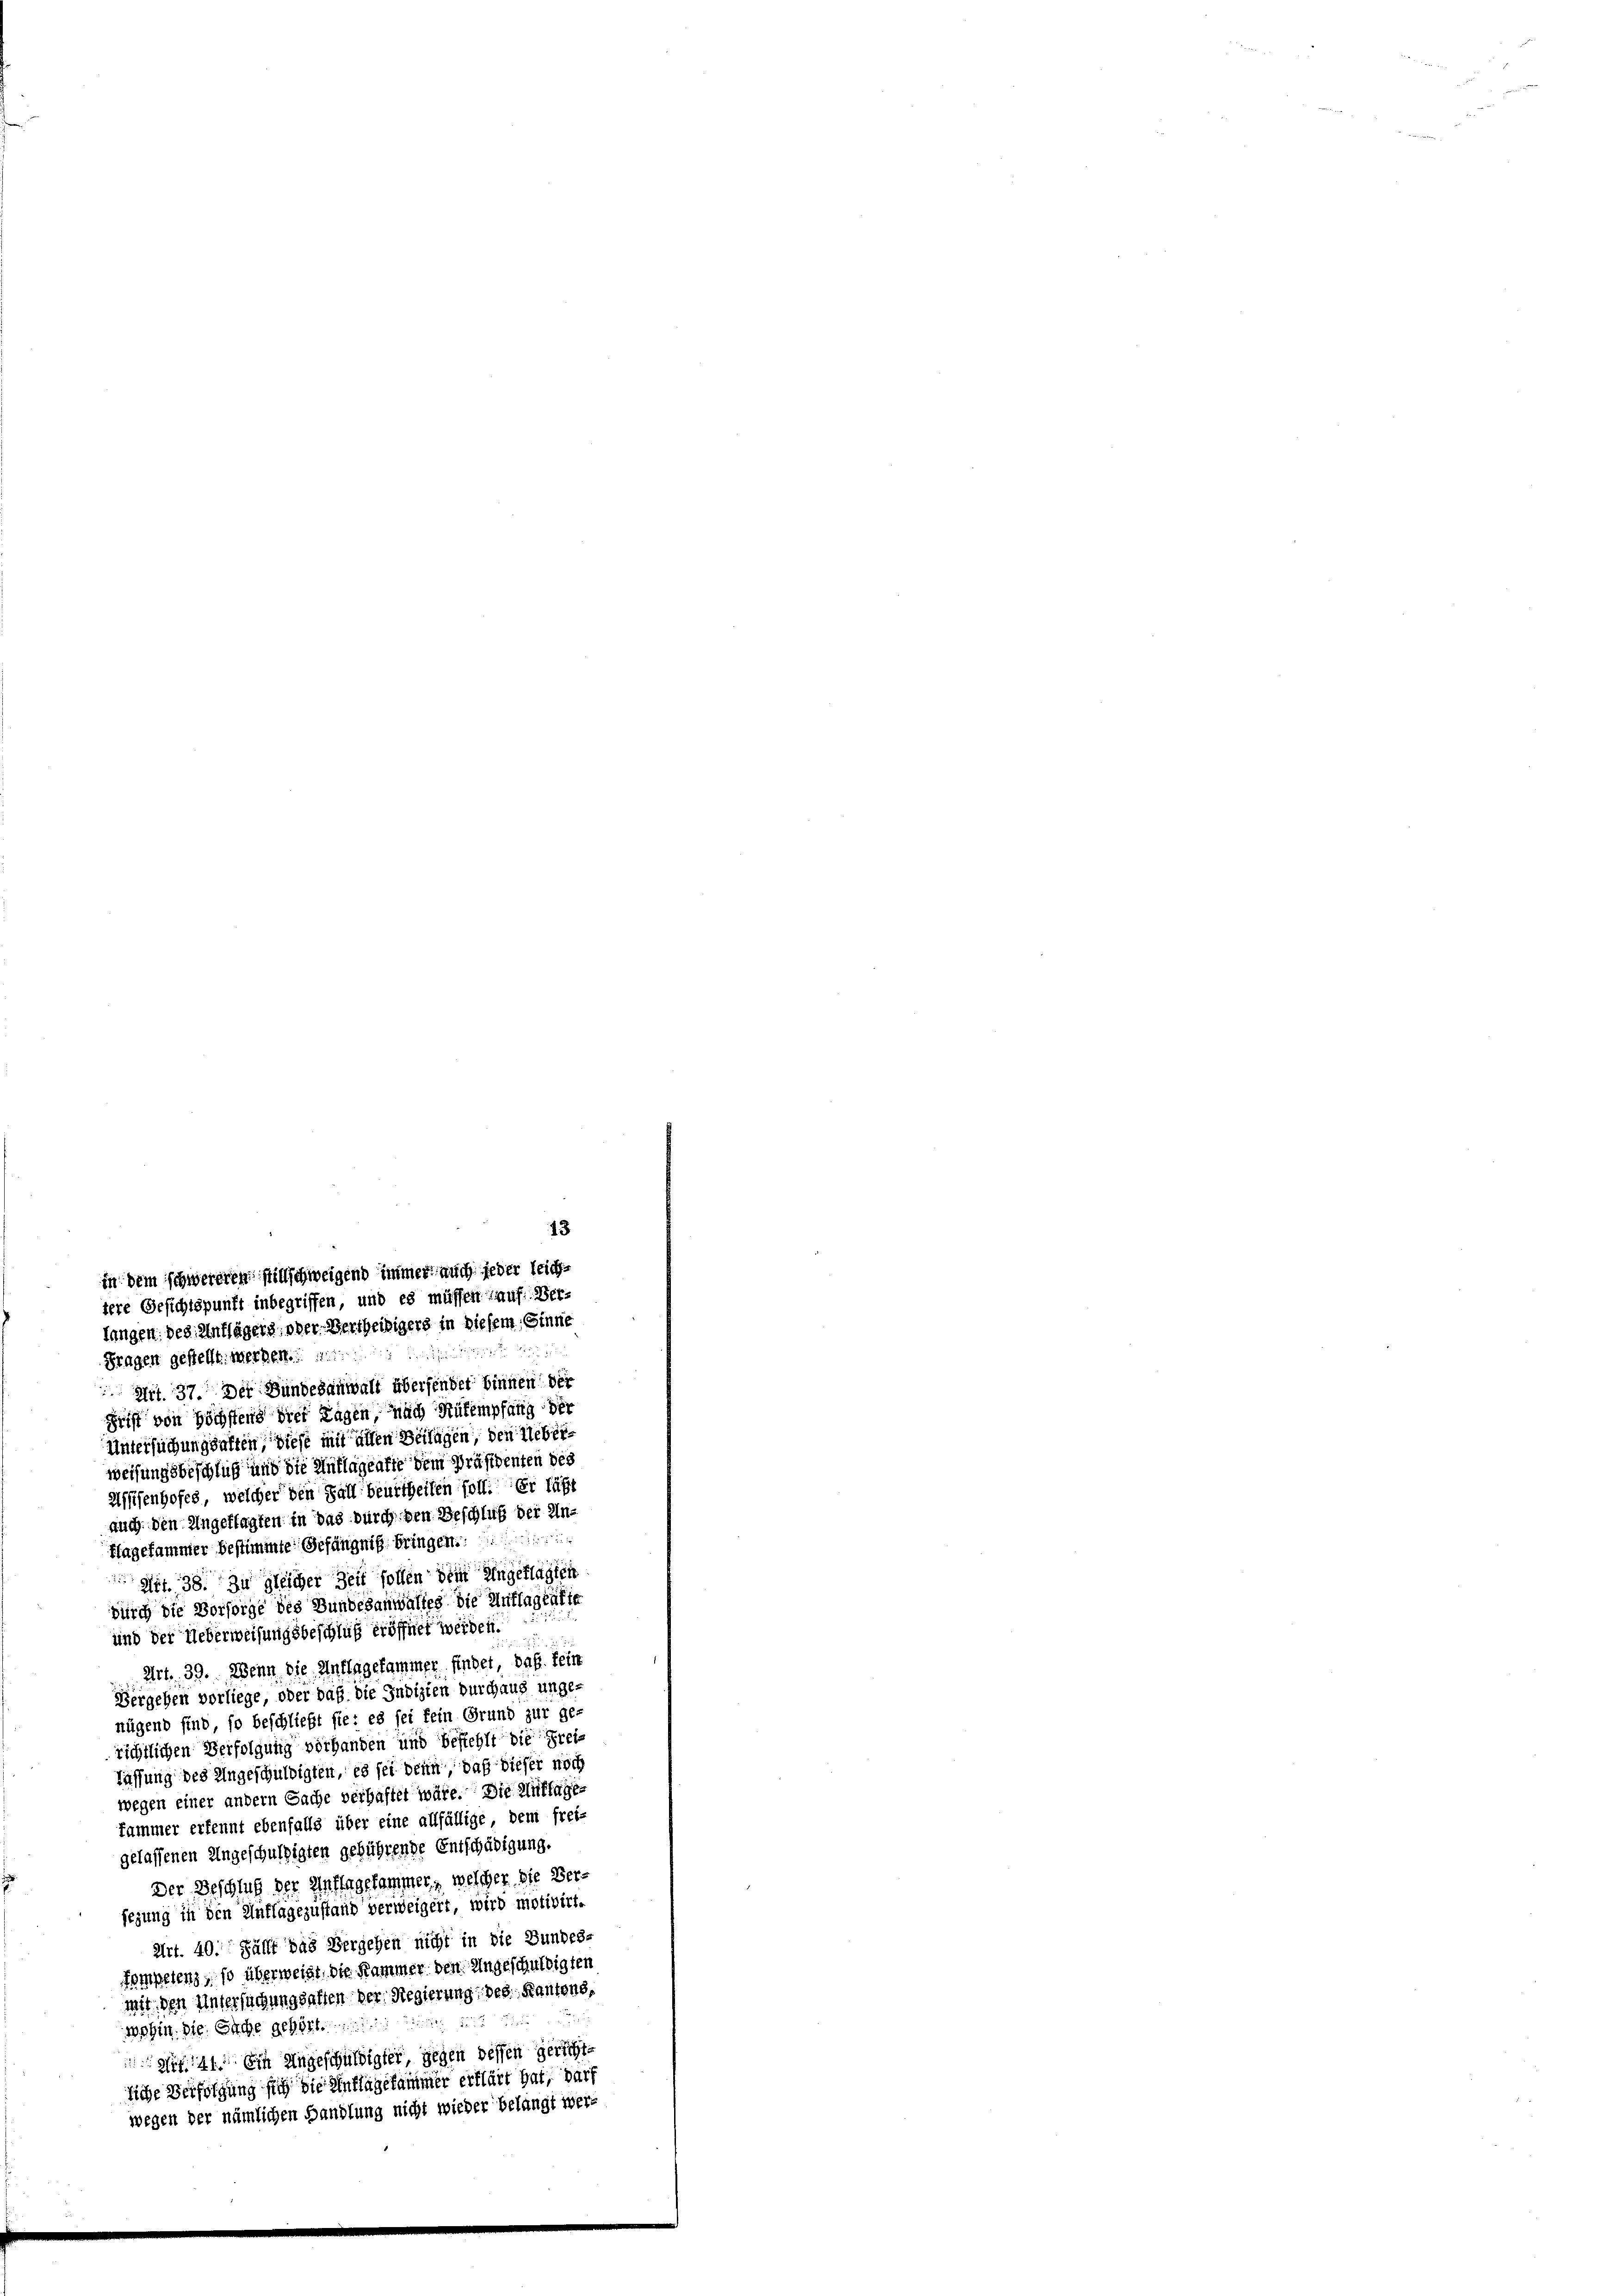
13
in dem schwereren stillschweigend immer auch jeder leiche
tere Gesichtspunft inbegriffen, und es müssen auf Verlungen des Antlägers, oder Vertheiligers in diesem Sinne

Fragen gestellt. Werken.
 Art. 37. Der Bundesanwalt überfindet binnen, der
Griff von Höchstens drei Tagen nach Rüfempfang der
Untersuchungsalten, diese mit allen Beilagen, den Ueberweisungsbeschluß und die Auflagenste dem Präsidenten des
Aüsenhofes, welcher den Fall beurtheilen soll. Er läßt
auch den Ungefragten in das durch den Beschluß der Unflagesammer bestimmte Gefängniß bringen.
Ait. 38. Zu gleicher Zeit sollen dem Angeklagich
durch die Vorsorge des Bundesanwältes die Auflagenfie
und der Ueberweisungsbeschluß eröffnet werden.
Art. 39. Wenn die Antragesammer findet, daß sein
Bergehen vorliege, oder daß die Indizien durchaus ungenügend sind, so beschließt sie: es sei fein Grund zur ge-
richtlichen Verfolgung vorhanden und befiehlt die Freifassung des Angeschuldigten, es sei denn daß dieser noch
wegen einer andern Sache verhaftet wäre. Die Auffagen
fammer erkennt ebenfalls über eine allfällige, dem frei-
gelassenen Ungeschuldigten geführende Entschädigung.
Der Beschluß der Auffagekammen, welcher die Bersezung in den Auflagezustand verweigert, wird motivirt.
Art. 40. Fällt das Vergehen nicht in die Bundes-
Pompetenz, so überweißt, die Kammer den Ungeschuldigten
mit den Untersuchungsalten der Regierung des Kantons,

wahin. Die Siche gehört.
141. Ein Angeschuldigter gegen dessen gerichte
liche Verfolgung sich die Einflagekammer erklärt hat, darf
wegen der nämlichen Handlung nicht wieder belangt wer¬